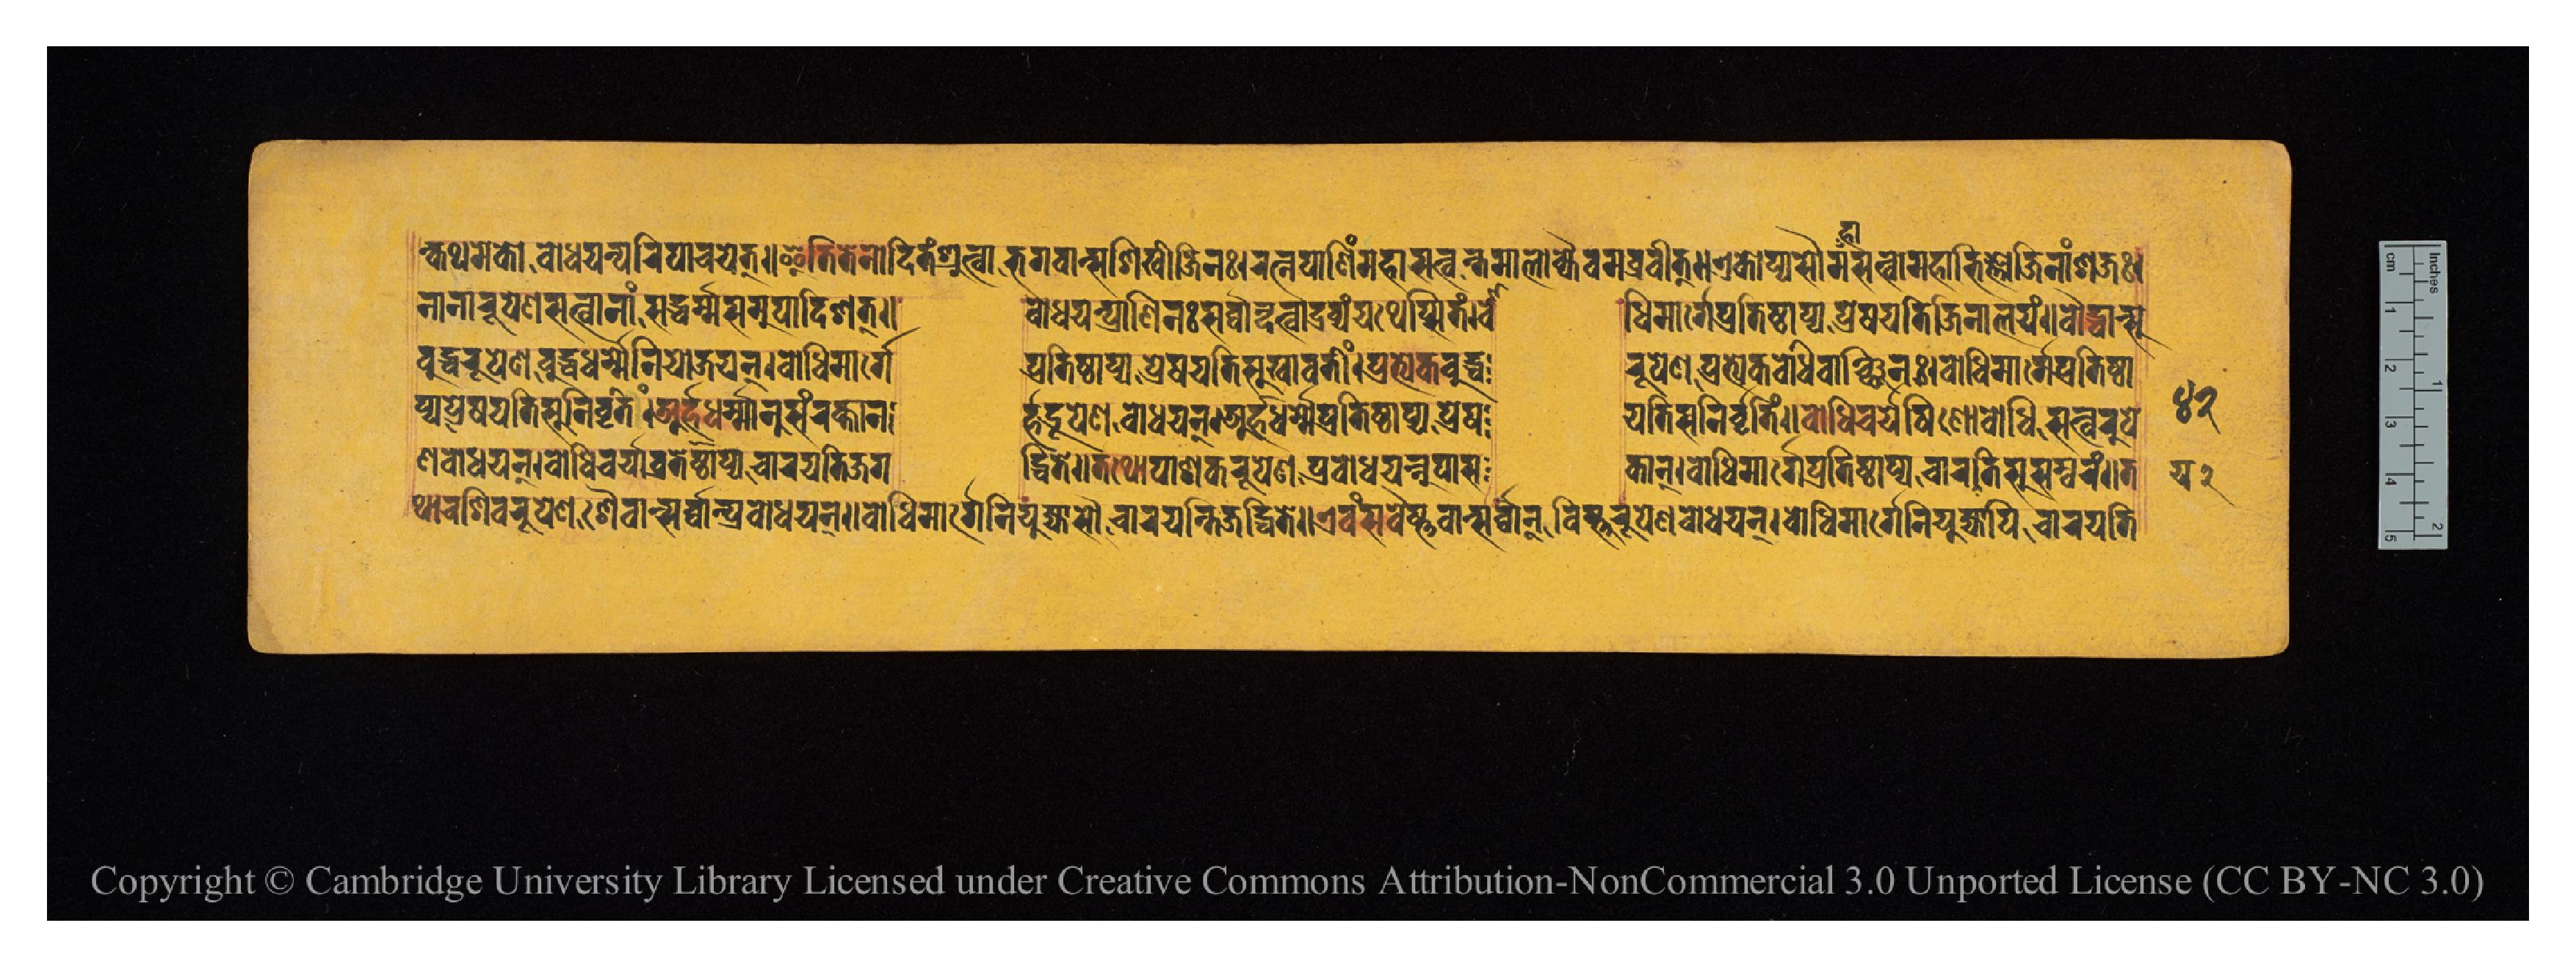
𑐣𑑂𑐎𑐠𑐩𑐾𑐎𑑀𑐧𑑀𑐢𑐫𑐣𑑂𑐥𑐬𑐶𑐥𑐵𑐔𑐫𑐾𑐟𑑂𑑌𑐂𑐟𑐶𑐟𑐾𑐣𑑀𑐡𑐶𑐟𑑄𑐱𑑂𑐬𑐸𑐟𑑂𑐰𑐵𑐨𑐐𑐰𑐵𑐣𑑂𑐳𑐱𑐶𑐏𑐷𑐖𑐶𑐣𑑅𑑋𑐬𑐟𑑂𑐣𑐥𑐵𑐞𑐶𑑄𑐩𑐴𑐵𑐳𑐟𑑂𑐰𑑄𑐟𑐩𑐵𑐮𑑀𑐎𑑂𑐫𑐿𑐰𑐩𑐧𑑂𑐬𑐰𑐷𑐟𑑂𑑌𑐊𑐎𑑀𑐥𑑂𑐫𑐳𑑁𑐩𑐴𑐵𑐳𑐟𑑂𑐰𑑀𑐩𑐴𑐵𑐨𑐶𑐖𑑂𑐘𑑀𑐖𑐶𑐣𑐵𑑄𑐱𑐖𑑅𑑋 𑐣𑐵𑐣𑐵𑐬𑐸𑐥𑐾𑐞𑐳𑐟𑑂𑐰𑐵𑐣𑐵𑑄𑐳𑐡𑑂𑐢𑐬𑑂𑐩𑑂𑐩𑐳𑐩𑐸𑐥𑐵𑐡𑐶𑐱𑐟𑑂𑑌  𑐧𑑀𑐢𑐫𑐣𑑂𑐥𑑂𑐬𑐵𑐞𑐶𑐣𑑅𑐳𑐬𑑂𑐰𑑂𑐰𑐵𑐣𑑂𑐡𑐟𑑂𑐰𑐵𑐡𑑂𑐬𑐰𑑂𑐫𑑄𑐫𑐠𑐾𑐥𑑂𑐳𑐶𑐟𑑄𑑋𑐧𑑀  𑐢𑐶𑐩𑐵𑐬𑑂𑐐𑐾𑐥𑑂𑐬𑐟𑐶𑐲𑑂𑐛𑐵𑐥𑑂𑐫𑐥𑑂𑐬𑐾𑐲𑐫𑐟𑐶𑐖𑐶𑐣𑐵𑐮𑐫𑑄𑑌𑐧𑑀𑐡𑑂𑐢𑐵𑐣𑑂𑐳𑐸 𑐧𑐸𑐡𑑂𑐢𑐬𑐸𑐥𑐾𑐞𑐧𑐸𑐡𑑂𑐢𑐢𑐬𑑂𑐩𑐾𑐣𑐶𑐫𑑀𑐖𑐫𑐣𑑂𑑋𑐧𑑀𑐢𑐶𑐩𑐵𑐬𑑂𑐐𑐾  𑐥𑑂𑐬𑐟𑐶𑐲𑑂𑐛𑐵𑐥𑑂𑐫𑐥𑑂𑐬𑐾𑐲𑐫𑐟𑐶𑐳𑐸𑐏𑐵𑐰𑐟𑐷𑑄𑑌𑐥𑑂𑐬𑐟𑑂𑐫𑐾𑐎𑐧𑐸𑐡𑑂𑐢  𑐬𑐸𑐥𑐾𑐞𑐥𑑂𑐬𑐟𑑂𑐫𑐾𑐎𑐧𑑀𑐢𑐶𑐰𑐵𑐘𑑂𑐕𑐶𑐣𑑅𑑋𑐧𑑀𑐢𑐶𑐩𑐵𑐬𑑂𑐐𑐾𑐥𑑂𑐬𑐟𑐶𑐲𑑂𑐛𑐵 𑐥𑑂𑐫𑐥𑑂𑐬𑐾𑐲𑐫𑐟𑐶𑐳𑐸𑐣𑐶𑐬𑑂𑐰𑐺𑐟𑐶𑑄𑑌𑐀𑐬𑑂𑐴𑐡𑑂𑐢𑐬𑑂𑐩𑐵𑐣𑐸𑐳𑑄𑐬𑐎𑑂𑐟𑐵𑐣  𑐬𑑂𑐴𑐡𑑂𑐬𑐹𑐥𑐾𑐞𑐧𑑀𑐢𑐫𑐣𑑂𑑋𑐀𑐬𑑂𑐴𑐡𑑂𑐢𑐬𑑂𑐩𑐾𑐥𑑂𑐬𑐟𑐶𑐲𑑂𑐛𑐵𑐥𑑂𑐫𑐥𑑂𑐬𑐾𑐲  𑐫𑐟𑐶𑐳𑐸𑐏𑐵𑐰𑐟𑐷𑑄𑑌𑐧𑑀𑐢𑐶𑐔𑐬𑑂𑐫𑐾𑐲𑐶𑐞𑑀𑐧𑑀𑐢𑐶𑐳𑐟𑑂𑐰𑐬𑐸𑐥𑐾 𑐞𑐧𑑀𑐢𑐫𑐣𑑂𑑋𑐧𑑀𑐢𑐶𑐔𑐬𑑂𑐫𑐵𑐰𑑂𑐬𑐟𑐾𑐳𑑂𑐠𑐵𑐥𑑂𑐫𑐔𑐵𑐬𑐫𑐟𑐶𑐖𑐐  𑐟𑑂𑐡𑑂𑐢𑐶𑐟𑐾𑑌𑐟𑐠𑑀𑐥𑐵𑐳𑐎𑐬𑐸𑐥𑐾𑐞𑐥𑑂𑐬𑐧𑑀𑐢𑐫𑐣𑐹𑐥𑐵𑐳  𑐎𑐵𑐣𑑂𑑌𑐧𑑀𑐢𑐶𑐩𑐵𑐬𑑂𑐐𑐾𑐥𑑂𑐬𑐟𑐶𑐲𑑂𑐛𑐵𑐥𑑂𑐫𑐔𑐵𑐬𑐫𑐟𑐶𑐳𑐸𑐳𑑄𑐰𑐬𑑄𑑌𑐟 𑐠𑐵𑐔𑐱𑐶𑐰𑐬𑐸𑐥𑐾𑐞𑐱𑐿𑐰𑐵𑐣𑑂𑐳𑐬𑑂𑐰𑑂𑐰𑐵𑐣𑑂𑐥𑑂𑐬𑐧𑑀𑐢𑐫𑐣𑑂𑑌𑐧𑑀𑐢𑐶𑐩𑐵𑐬𑑂𑐐𑐾𑐣𑐶𑐫𑐸𑐖𑑂𑐫𑐵𑐳𑑁𑐔𑐵𑐬𑐫𑐟𑐶𑐖𑐐𑐡𑑂𑐢𑐶𑐟𑐾𑑌𑐊𑐰𑑄𑐳𑐰𑐿𑐲𑑂𑐞𑐰𑐵𑐣𑑂𑐳𑐬𑑂𑐰𑑂𑐰𑐵𑐣𑑂𑐰𑐶𑐲𑑂𑐞𑐸𑐬𑐸𑐥𑐾𑐞𑐧𑑀𑐢𑑂𑐫𑐣𑑂𑑋𑐧𑑀𑐢𑐶𑐩𑐵𑐬𑑂𑐐𑐾𑐣𑐶𑐫𑐸𑐖𑑂𑐫𑐵𑐥𑐶𑐔𑐵𑐬𑐫𑐟𑐶 𑑔𑑒